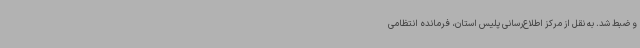
و ضبط شد. به نقل از مرکز اطلاع‌رسانی پلیس استان، فرمانده انتظامی